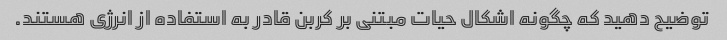
توضیح دهید که چگونه اشکال حیات مبتنی بر کربن قادر به استفاده از انرژی هستند.